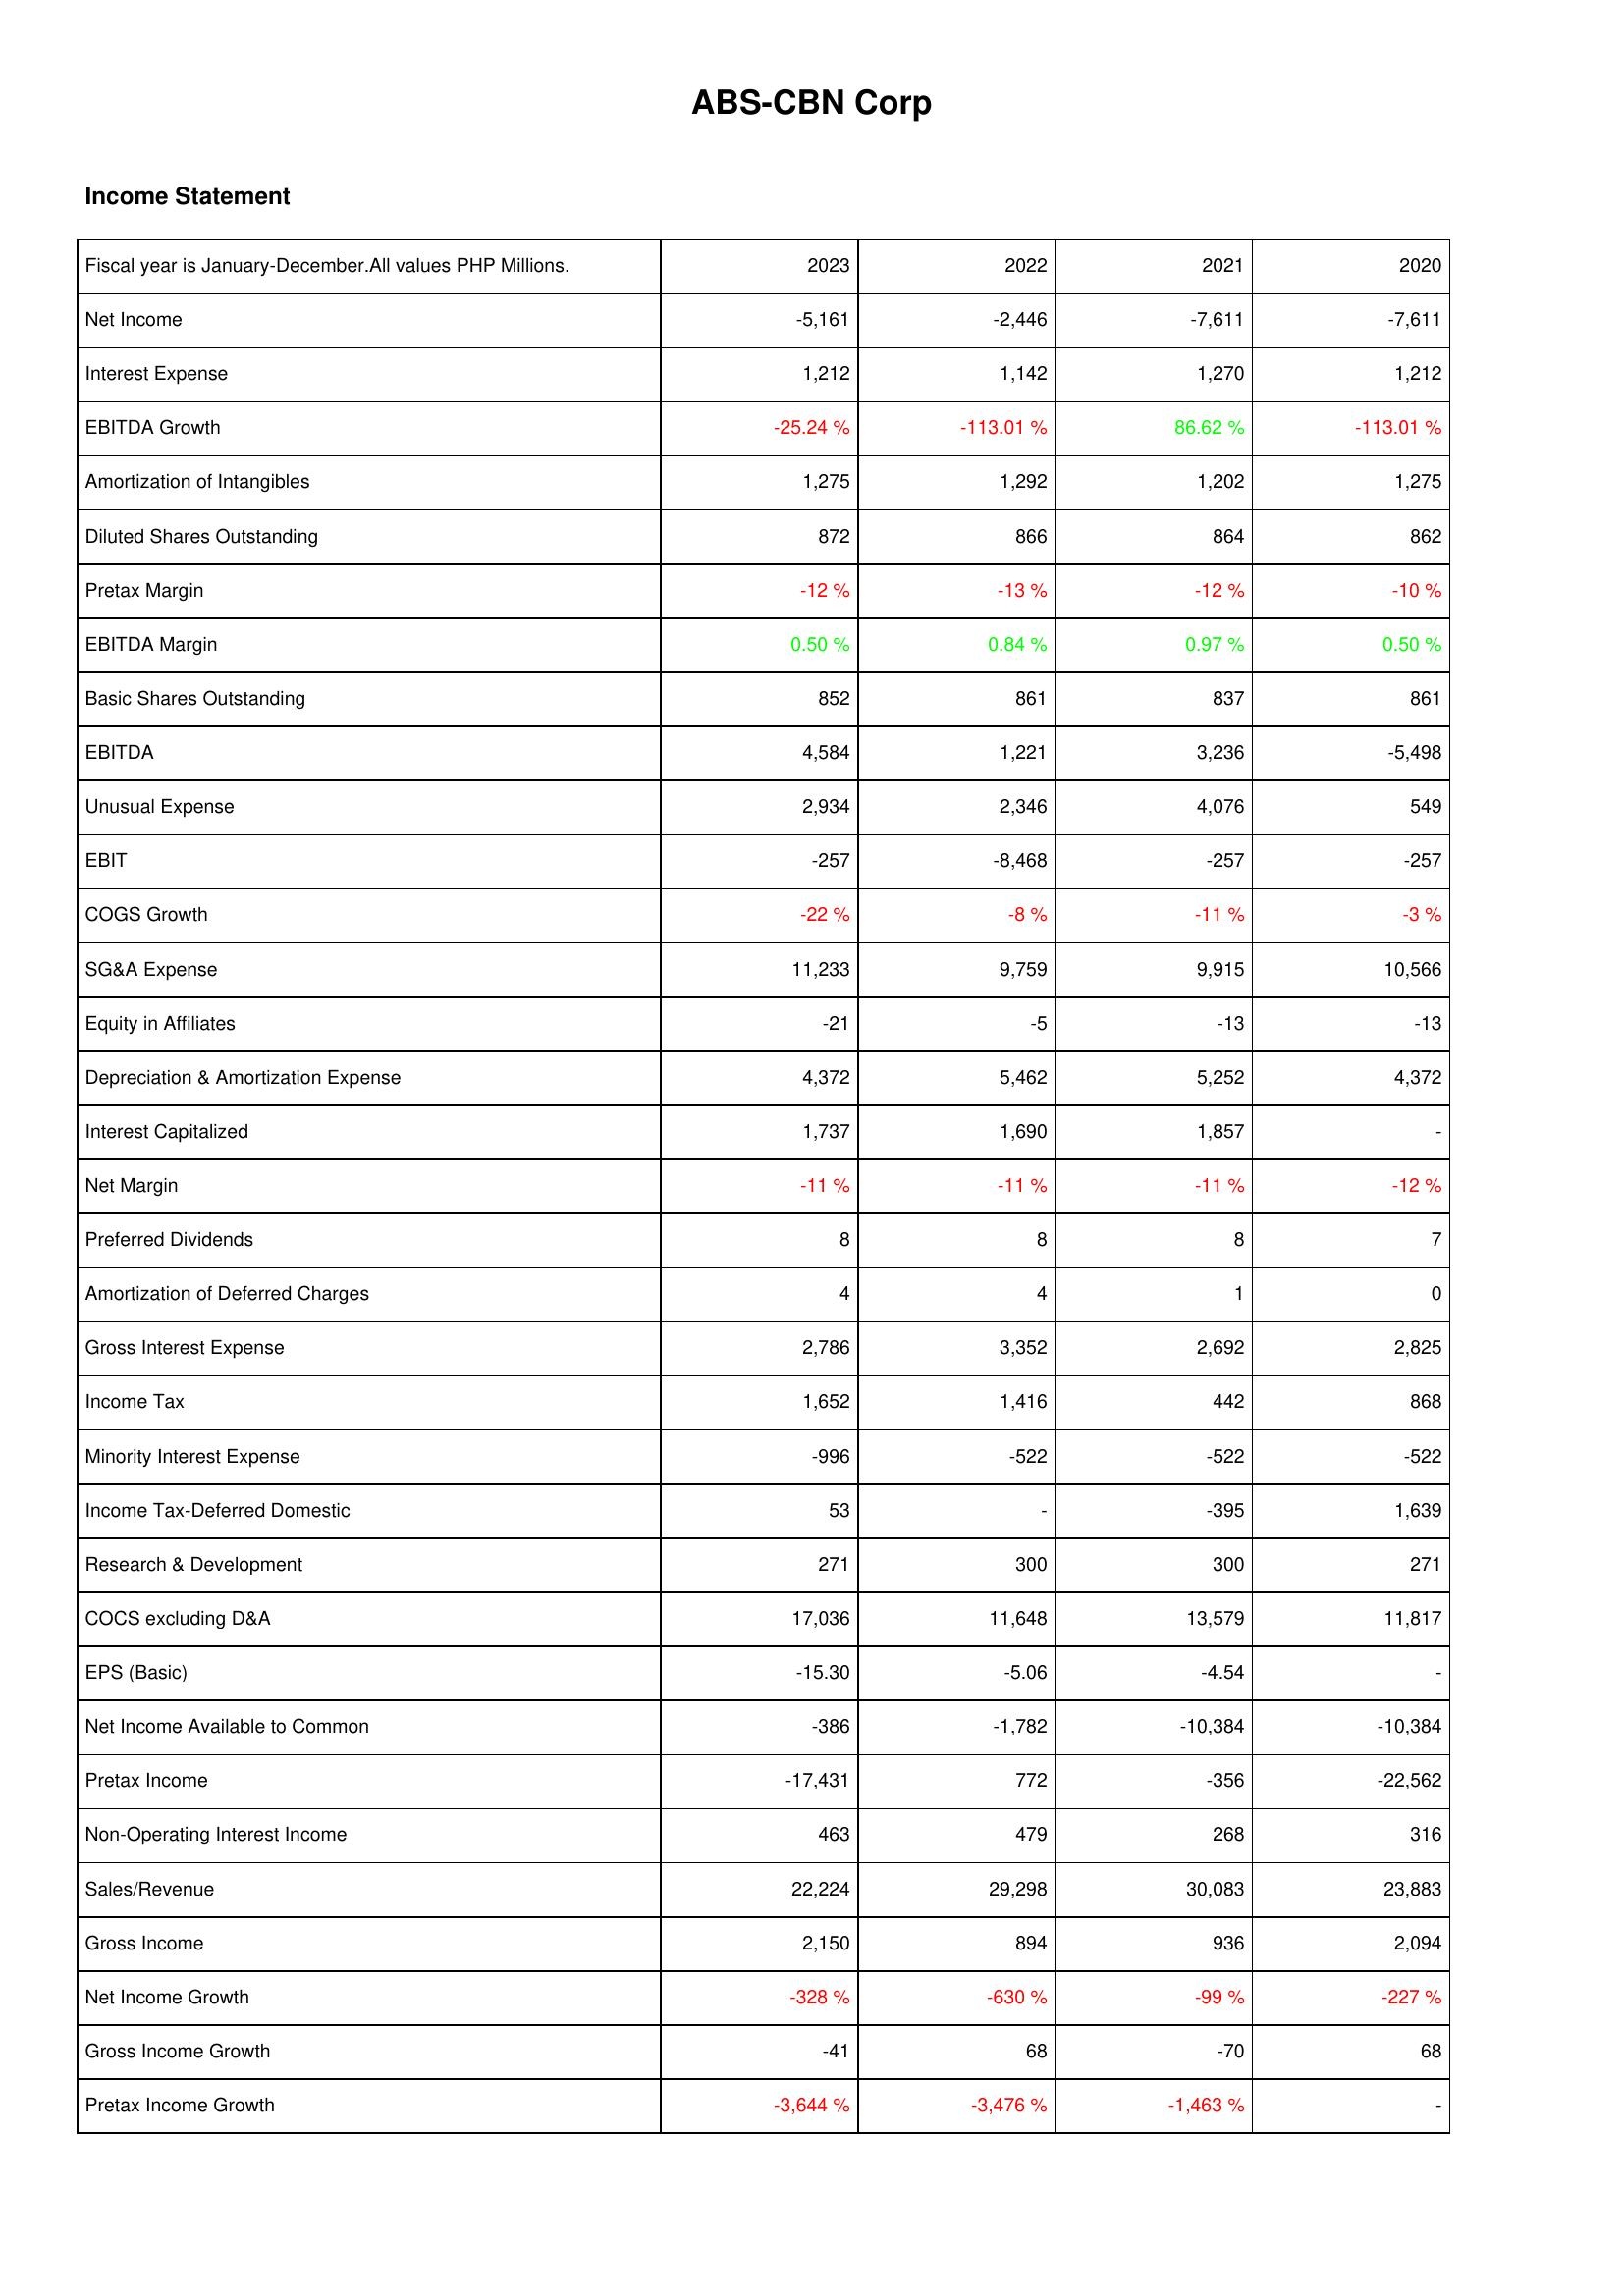
2023: Income Statement: Net Income: -5,161
Interest Expense: 1,212
EBITDA Growth: -25.24 %
Amortization of Intangibles: 1,275
Diluted Shares Outstanding: 872
Pretax Margin: -12 %
EBITDA Margin: 0.50 %
Basic Shares Outstanding: 852
EBITDA: 4,584
Unusual Expense: 2,934
EBIT: -257
COGS Growth: -22 %
SG&A Expense: 11,233
Equity in Affiliates: -21
Depreciation & Amortization Expense: 4,372
Interest Capitalized: 1,737
Net Margin: -11 %
Preferred Dividends: 8
Amortization of Deferred Charges: 4
Gross Interest Expense: 2,786
Income Tax: 1,652
Minority Interest Expense: -996
Income Tax-Deferred Domestic: 53
Research & Development: 271
COCS excluding D&A: 17,036
EPS (Basic): -15.30
Net Income Available to Common: -386
Pretax Income: -17,431
Non-Operating Interest Income: 463
Sales/Revenue: 22,224
Gross Income: 2,150
Net Income Growth: -328 %
Gross Income Growth: -41
Pretax Income Growth: -3,644 %
2022: Income Statement: Net Income: -2,446
Interest Expense: 1,142
EBITDA Growth: -113.01 %
Amortization of Intangibles: 1,292
Diluted Shares Outstanding: 866
Pretax Margin: -13 %
EBITDA Margin: 0.84 %
Basic Shares Outstanding: 861
EBITDA: 1,221
Unusual Expense: 2,346
EBIT: -8,468
COGS Growth: -8 %
SG&A Expense: 9,759
Equity in Affiliates: -5
Depreciation & Amortization Expense: 5,462
Interest Capitalized: 1,690
Net Margin: -11 %
Preferred Dividends: 8
Amortization of Deferred Charges: 4
Gross Interest Expense: 3,352
Income Tax: 1,416
Minority Interest Expense: -522
Income Tax-Deferred Domestic: -
Research & Development: 300
COCS excluding D&A: 11,648
EPS (Basic): -5.06
Net Income Available to Common: -1,782
Pretax Income: 772
Non-Operating Interest Income: 479
Sales/Revenue: 29,298
Gross Income: 894
Net Income Growth: -630 %
Gross Income Growth: 68
Pretax Income Growth: -3,476 %
2021: Income Statement: Net Income: -7,611
Interest Expense: 1,270
EBITDA Growth: 86.62 %
Amortization of Intangibles: 1,202
Diluted Shares Outstanding: 864
Pretax Margin: -12 %
EBITDA Margin: 0.97 %
Basic Shares Outstanding: 837
EBITDA: 3,236
Unusual Expense: 4,076
EBIT: -257
COGS Growth: -11 %
SG&A Expense: 9,915
Equity in Affiliates: -13
Depreciation & Amortization Expense: 5,252
Interest Capitalized: 1,857
Net Margin: -11 %
Preferred Dividends: 8
Amortization of Deferred Charges: 1
Gross Interest Expense: 2,692
Income Tax: 442
Minority Interest Expense: -522
Income Tax-Deferred Domestic: -395
Research & Development: 300
COCS excluding D&A: 13,579
EPS (Basic): -4.54
Net Income Available to Common: -10,384
Pretax Income: -356
Non-Operating Interest Income: 268
Sales/Revenue: 30,083
Gross Income: 936
Net Income Growth: -99 %
Gross Income Growth: -70
Pretax Income Growth: -1,463 %
2020: Income Statement: Net Income: -7,611
Interest Expense: 1,212
EBITDA Growth: -113.01 %
Amortization of Intangibles: 1,275
Diluted Shares Outstanding: 862
Pretax Margin: -10 %
EBITDA Margin: 0.50 %
Basic Shares Outstanding: 861
EBITDA: -5,498
Unusual Expense: 549
EBIT: -257
COGS Growth: -3 %
SG&A Expense: 10,566
Equity in Affiliates: -13
Depreciation & Amortization Expense: 4,372
Interest Capitalized: -
Net Margin: -12 %
Preferred Dividends: 7
Amortization of Deferred Charges: 0
Gross Interest Expense: 2,825
Income Tax: 868
Minority Interest Expense: -522
Income Tax-Deferred Domestic: 1,639
Research & Development: 271
COCS excluding D&A: 11,817
EPS (Basic): -
Net Income Available to Common: -10,384
Pretax Income: -22,562
Non-Operating Interest Income: 316
Sales/Revenue: 23,883
Gross Income: 2,094
Net Income Growth: -227 %
Gross Income Growth: 68
Pretax Income Growth: -